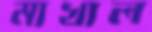
মাখাল